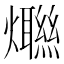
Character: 𤑿